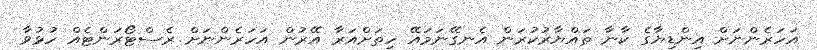
އަހަރެންނަށް އިންޑިޔާގެ ކާނާ ތައްޔާރުކުރަން އެނގޭނަމައޭ ހިތަށްއަރާ އޭރުން އަހަރެންނަށް ރެސްޓޯރަންޓެއް ހުޅުވާ